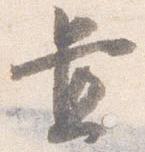
置